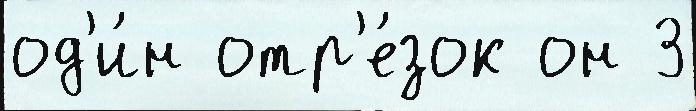
од'и́н отр'е́зок он 3